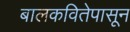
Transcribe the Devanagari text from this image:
बालकवितेपासून